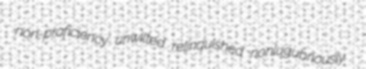
non-proficiency unwilted relinquished nonlugubriously